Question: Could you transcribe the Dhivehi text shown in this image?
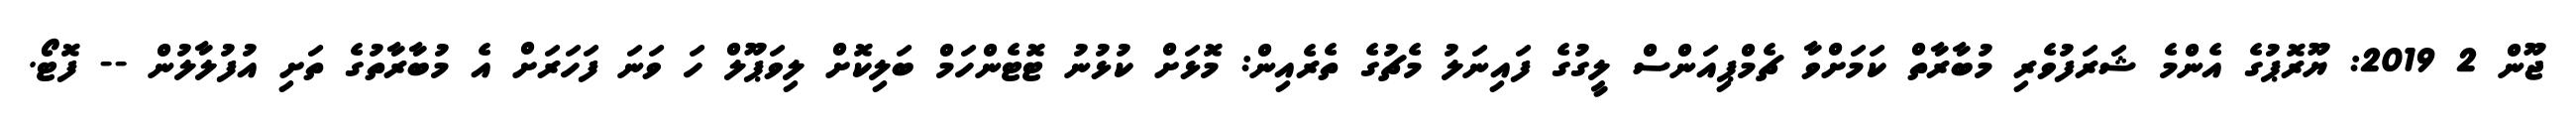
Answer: ޖޫން 2 2019: ޔޫރޮޕުގެ އެންމެ ޝަރަފުވެރި މުބާރާތް ކަމަށްވާ ޗެމްޕިއަންސް ލީގުގެ ފައިނަލު މެޗުގެ ތެރެއިން: މޮޅަށް ކުޅުނު ޓޮޓެންހަމް ބަލިކޮށް ލިވަޕޫލް ހަ ވަނަ ފަހަރަށް އެ މުބާރާތުގެ ތަށި އުފުލާލުން -- ފޮޓޯ.